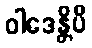
ဝါဒေန္တိပိ